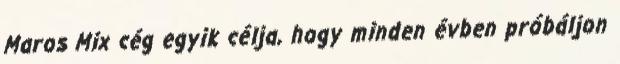
Maros Mix cég egyik célja, hogy minden évben próbáljon